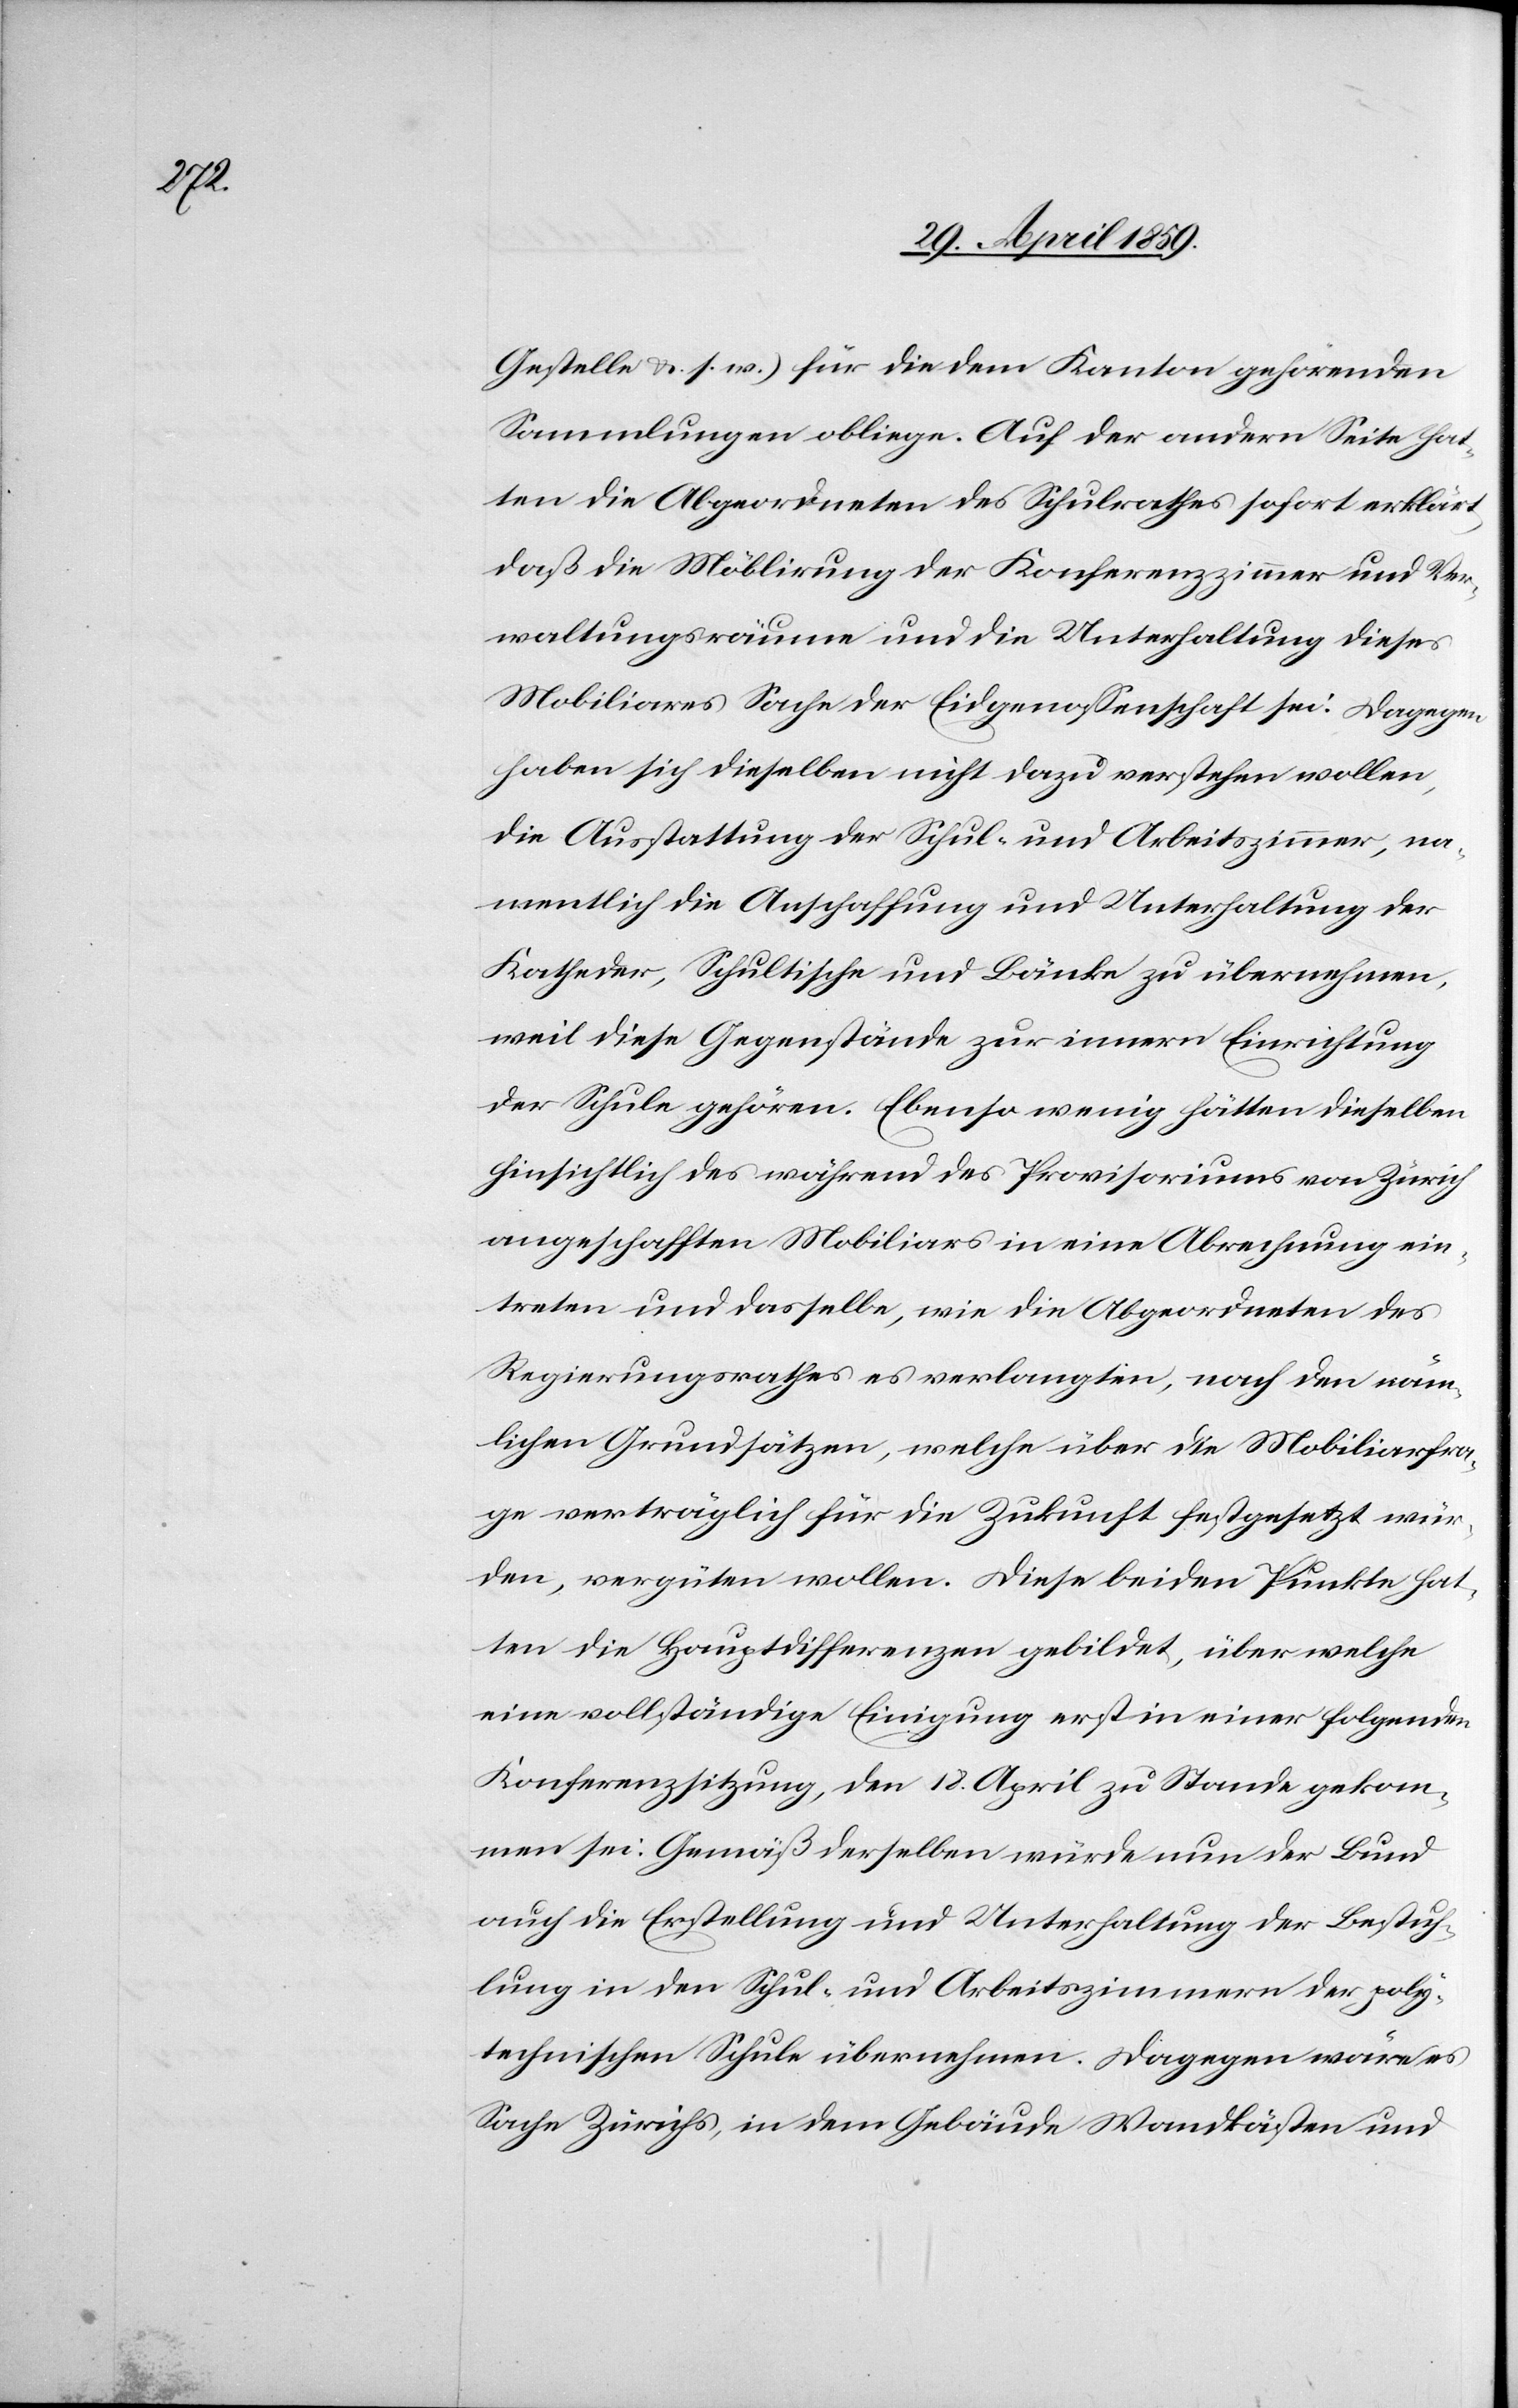
Gestelle &. s. w.) für die dem Kanton gehörenden
Sammlungen obliege. Auf der andern Seite hat¬
ten die Abgeordneten des Schulrathes sofort erklärt
daß die Möblirung der Konferenzzimmer und Ver¬
waltungsräume und die Unterhaltung dieses
Mobiliares Sache der Eidgenoßenschaft sei. Dagegen
haben sich dieselben nicht dazu verstehen wollen,
die Ausstattung der Schul- und Arbeitszimmer, na¬
mentlich die Anschaffung und Unterhaltung der
Katheder, Schultische und Bänke zu übernehmen,
weil diese Gegenstände zur innern Einrichtung
der Schule gehören. Ebenso wenig hätten dieselben
hinsichtlich des während des Provisoriums von Zürich
angeschafften Mobiliars in eine Abrechnung ein¬
treten und dasselbe, wie die Abgeordneten des
Regierungsrathes es verlangten, nach den näm¬
lichen Grundsätzen, welche über die Mobiliarfra¬
ge verträglich für die Zukunft festgesetzt wür¬
den, vergüten wollen. Diese beiden Punkte hat¬
ten die Hauptdifferenzen gebildet, über welche
eine vollständige Einigung erst in einer folgenden
Konferenzsitzung, den 18. April zu Stande gekom¬
men sei. Gemäß derselben würde nun der Bund
auch die Erstellung und Unterhaltung der Bestuh¬
lung in den Schul- und Arbeitszimmern der poly¬
technischen Schule übernehmen. Dagegen wäre es
Sache Zürichs, in dem Gebäude Wandkästen und